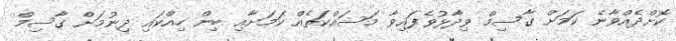
ކޮށްދެއްވާނެ ކަމަށް ގާސިމް ވިދާޅުވެފައިވާ މަސައްކަތެއް ކަމަށާއި ބިން ހިއްކައި ދިނުމަށް ގާސިމް